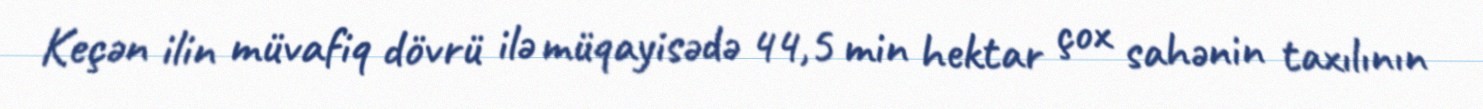
Keçən ilin müvafiq dövrü ilə müqayisədə 44,5 min hektar çox sahənin taxılının